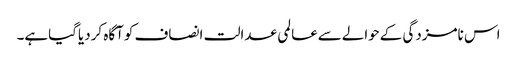
اس نامزدگی کےحوالےسےعالمی عدالت انصاف کوآگاہ کردیاگیاہے۔